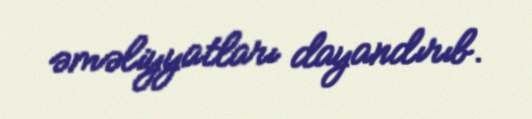
əməliyyatları dayandırıb.